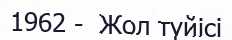
1962 -  Жол түйісі